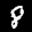
Label: 8